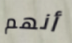
أنهم